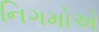
નિગમોએ